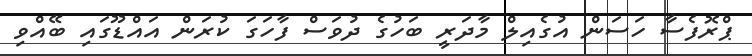
ޕްރޮފެސާ ހަސަން އުގެއިލް މާދަރީ ބަހުގެ ދުވަސް ފާހަގަ ކުރަން އައްޑޫގައި ބޭއްވި